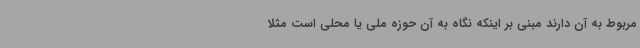
مربوط به آن دارند مبنی بر اینکه نگاه به آن حوزه ملی یا محلی است مثلا